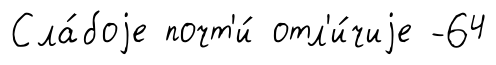
Сла́боjе почт'и́ отл'и́чиjе -64